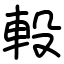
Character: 軗